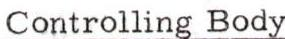
Controlling Body